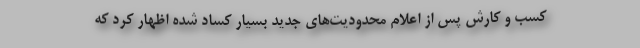
کسب و کارش پس از اعلام محدودیت‌های جدید بسیار کساد شده اظهار کرد که